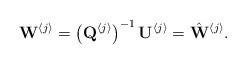
LaTeX: \begin{align*}\mathbf{W}^{\left\langle j\right\rangle }=\left(\mathbf{Q}^{\left\langle j\right\rangle }\right)^{-1}\mathbf{U}^{\left\langle j\right\rangle }=\hat{\mathbf{W}}^{\left\langle j\right\rangle }.\end{align*}